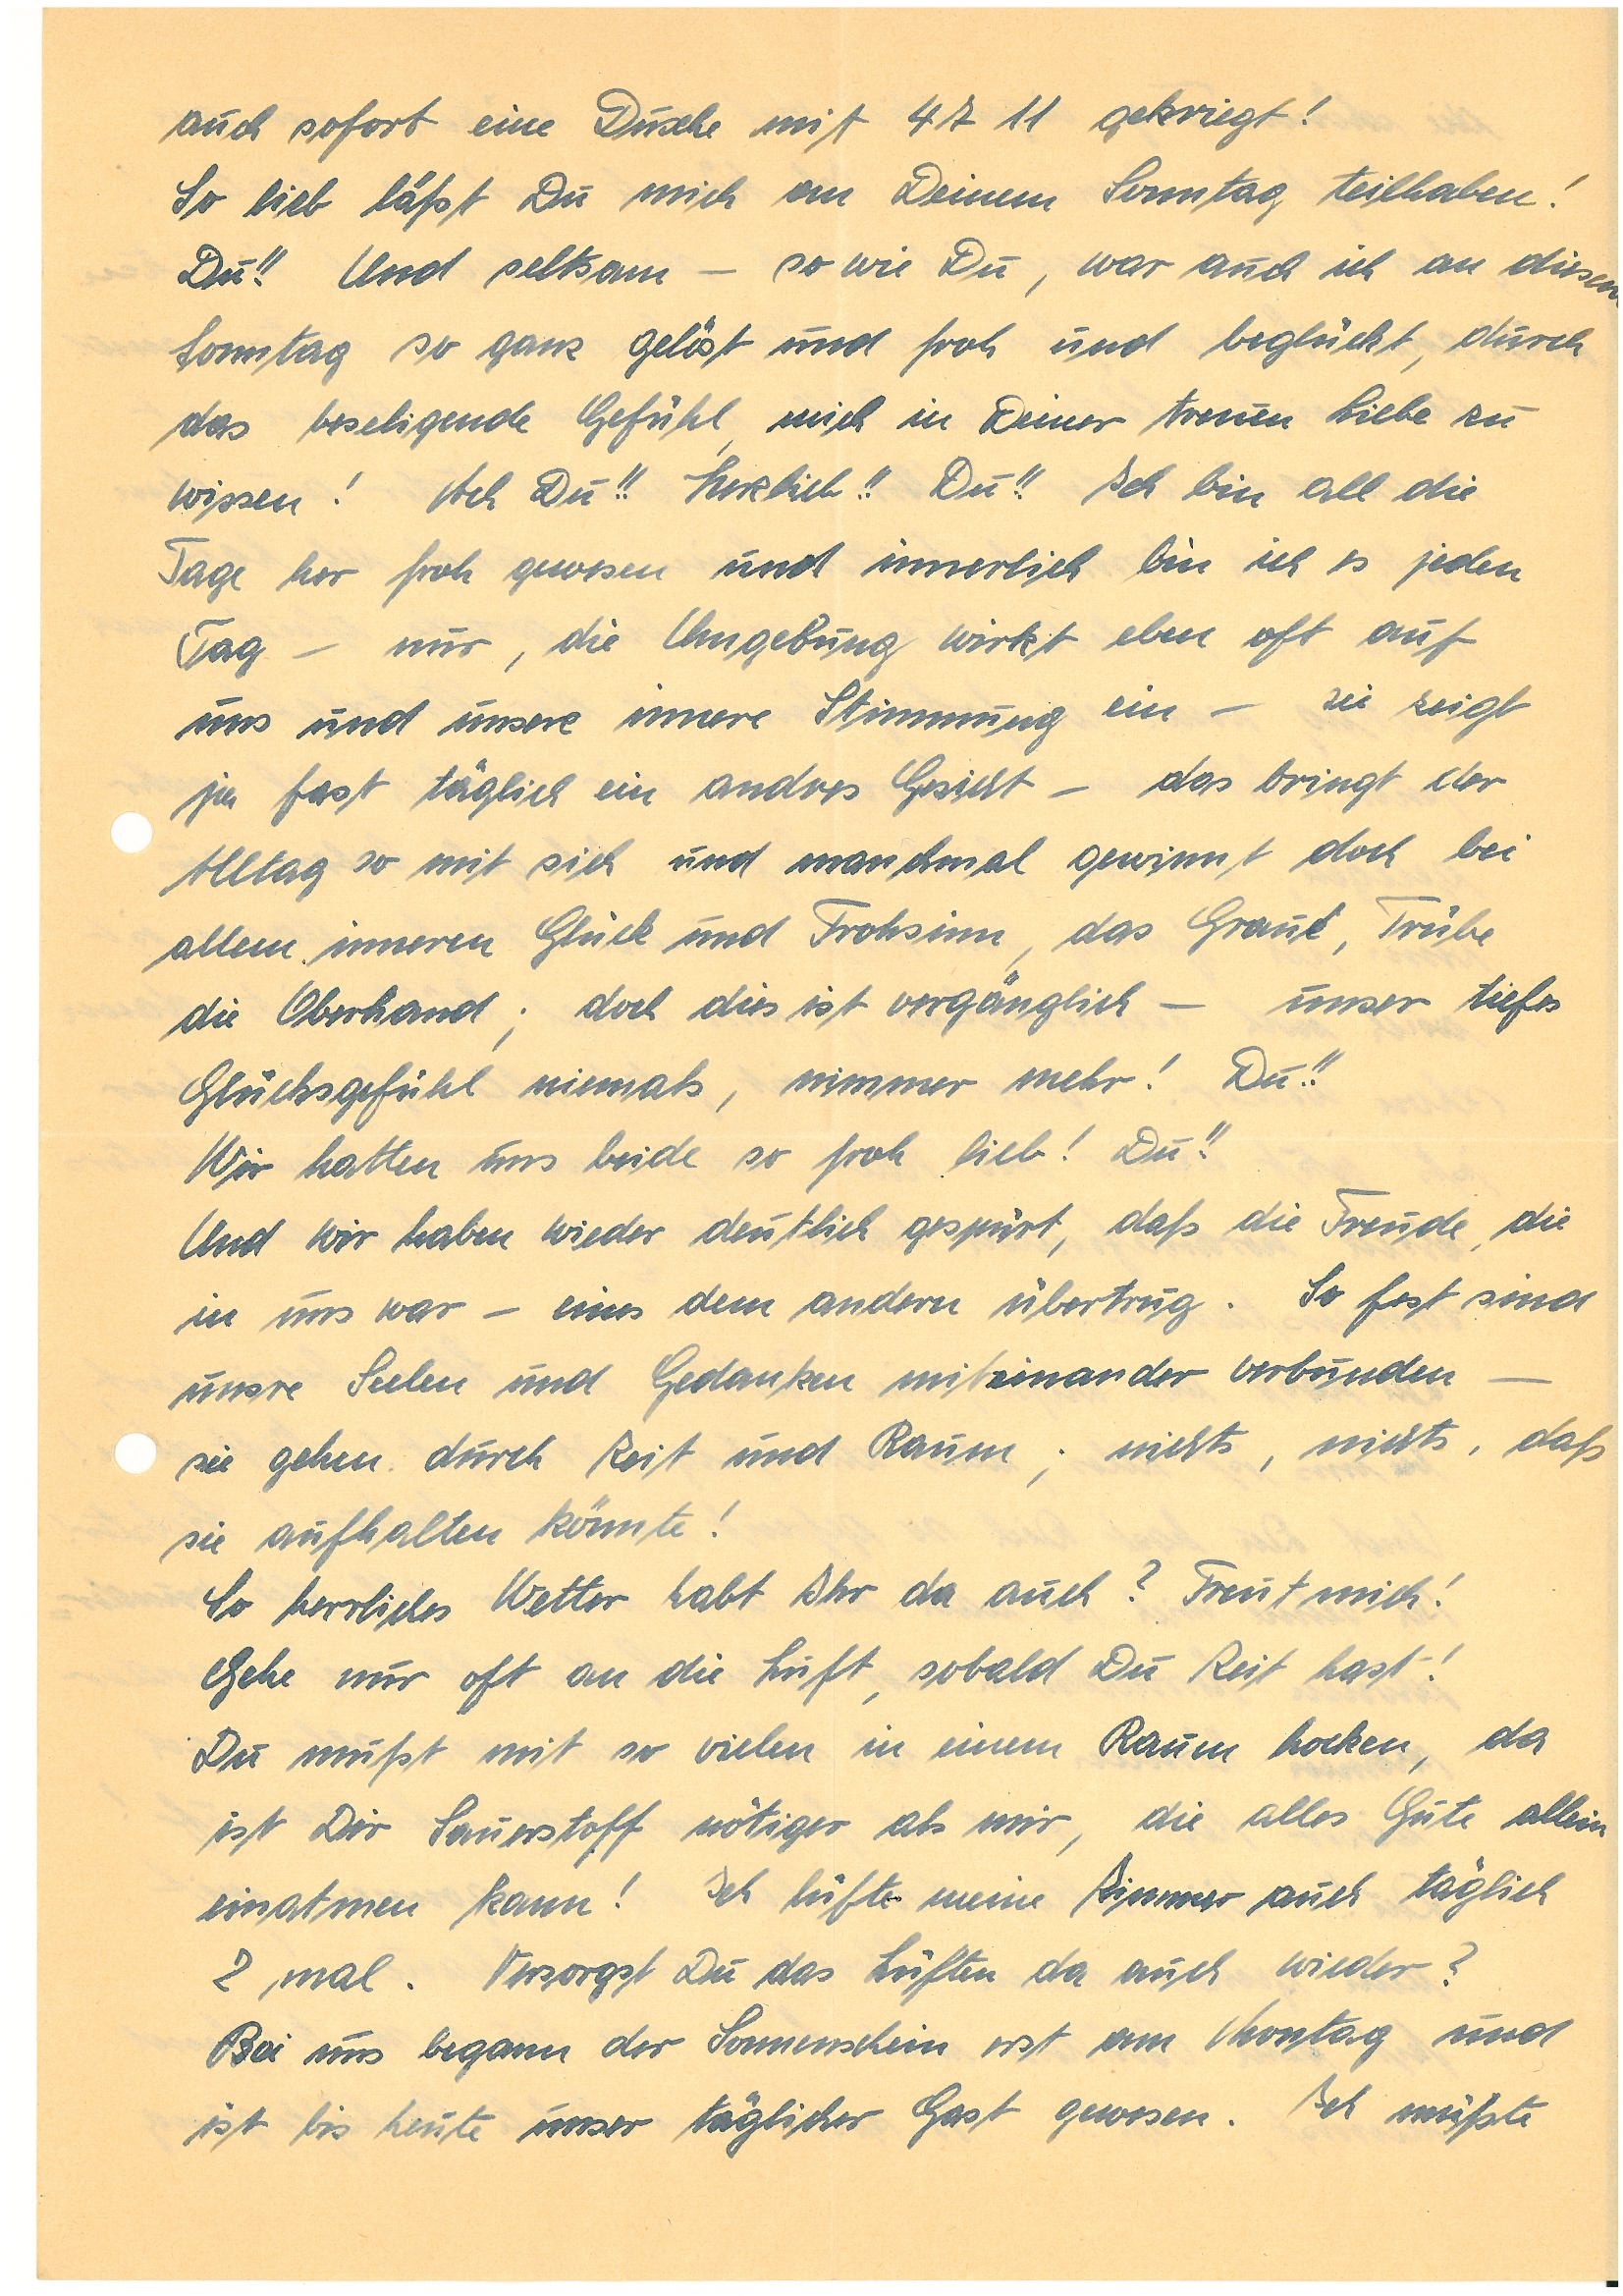
auch sofort eine Dusche mit 4711 gekriegt!
So lieb läßt Du mich an Deinem Sonntag teilhaben!
Du!! Und seltsam – so wie Du, war auch ich an diesem
Sonntag so ganz gelöst und froh und beglückt, durch
das beseligende Gefühl, mich in Deiner treuen Liebe zu
wissen! Ach Du!! Herzlieb!! Du!! Ich bin all die
Tage her froh gewesen und innerlich bin ich es jeden
Tag – nur, die Umgebung wirkt eben oft auf
uns und unsere innere Stimmung ein – sie zeigt
ja fast täglich ein anderes Gesicht – das bringt der
Alltag so mit sich und manchmal gewinnt doch bei
allem inneren Glück und Frohsinn, das Graue, Trübe
die Oberhand; doch dies ist vergänglich – unser tiefes
Glücksgefühl niemals, nimmer mehr! Du!!
Wir halten uns beide so froh lieb! Du!!
Und wir haben wieder deutlich gespürt, daß die Freude, die
in uns war – eines dem andern übertrug. So fest sind
unsre Seelen und Gedanken miteinander verbunden –
sie gehen durch Zeit und Raum; nichts, nichts, daß
sie aufhalten könnte!
So herrliches Wetter habt Ihr da auch? Freut mich!
Gehe nur oft an die Luft, sobald Du Zeit hast!
Du mußt mit so vielen in einem Raum hocken, da
ist Dir Sauerstoff nötiger als mir, die alles Gute allein
einatmen kann! Ich lüfte mein Zimmer auch täglich
2 mal. Versorgst Du das Lüften da auch wieder?
Bei uns begann der Sonnenschein erst am Montag und
ist bis heute unser täglicher Gast gewesen. Ich müßte